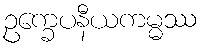
ဥက္ခေပနီယကမ္မဿ